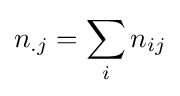
n_{.j}=\sum _{i}n_{ij}